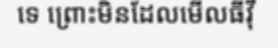
ទេ ព្រោះមិនដែលមើលធីវ៉ី